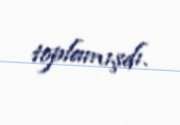
toplamışdı.